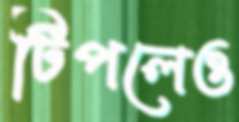
টিপলেও